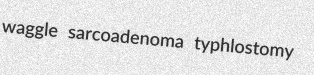
waggle sarcoadenoma typhlostomy